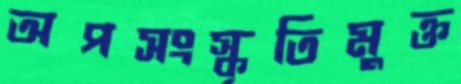
অপসংস্কৃতিমুক্ত